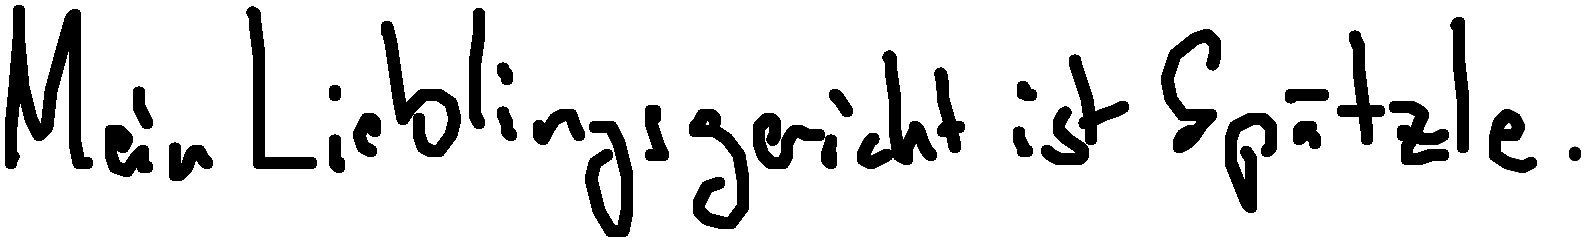
Mein Lieblingsgericht ist Spätzle.